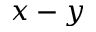
x - y